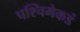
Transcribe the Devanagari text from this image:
पश्‍चिमेकडं